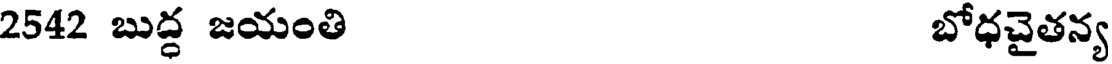
2542 బుద్ధ జయంతి బోధచైతన్య